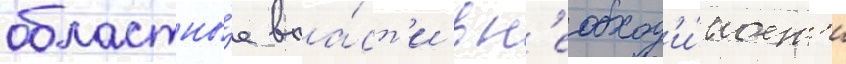
областны́е вла́ст'и в н'еобход'и́мост'и